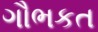
ગૌભકત